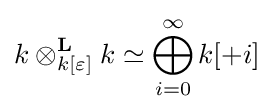
k\otimes _{k[\varepsilon ]}^{\mathbf {L} }k\simeq \bigoplus _{i=0}^{\infty }k[+i]